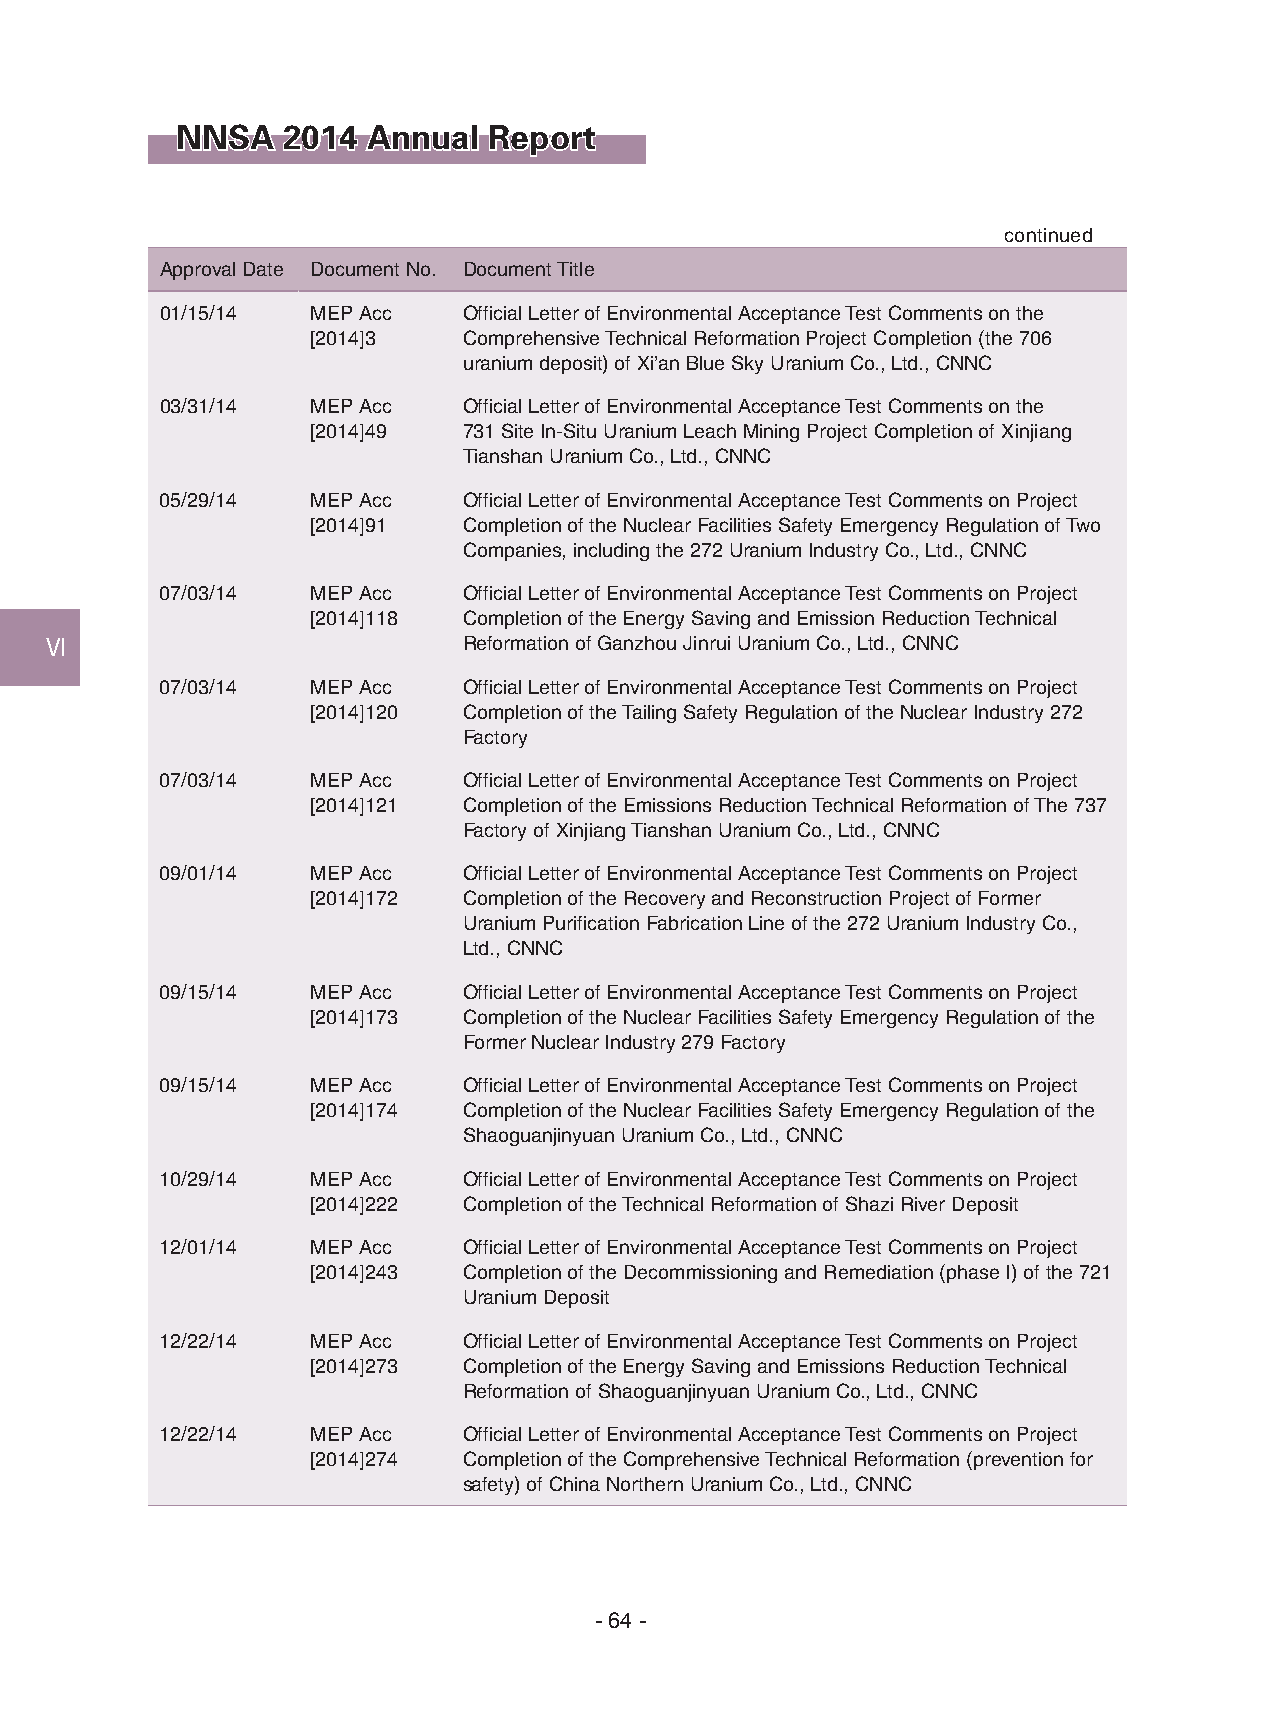
NNSA   2014 Annual  Report
 continued
 Approval Date Document No. Document Title
 01/15/14  MEP Acc   Official Letter of Environmental Acceptance Test Comments on the
 [2014]3   Comprehensive Technical Reformation Project Completion (the 706
 uranium deposit) of Xi’an Blue Sky Uranium Co., Ltd., CNNC
 03/31/14  MEP Acc   Official Letter of Environmental Acceptance Test Comments on the
 [2014]49  731 Site In-Situ Uranium Leach Mining Project Completion of Xinjiang
 Tianshan Uranium Co., Ltd., CNNC
 05/29/14  MEP Acc   Official Letter of Environmental Acceptance Test Comments on Project
 [2014]91  Completion of the Nuclear Facilities Safety Emergency Regulation of Two
 Companies, including the 272 Uranium Industry Co., Ltd., CNNC
 07/03/14  MEP Acc   Official Letter of Environmental Acceptance Test Comments on Project
 [2014]118 Completion of the Energy Saving and Emission Reduction Technical
 Ⅵ                           Reformation of Ganzhou Jinrui Uranium Co., Ltd., CNNC
 07/03/14  MEP Acc   Official Letter of Environmental Acceptance Test Comments on Project
 [2014]120 Completion of the Tailing Safety Regulation of the Nuclear Industry 272
 Factory
 07/03/14  MEP Acc   Official Letter of Environmental Acceptance Test Comments on Project
 [2014]121 Completion of the Emissions Reduction Technical Reformation of The 737
 Factory of Xinjiang Tianshan Uranium Co., Ltd., CNNC
 09/01/14  MEP Acc   Official Letter of Environmental Acceptance Test Comments on Project
 [2014]172 Completion of the Recovery and Reconstruction Project of Former
 Uranium Purification Fabrication Line of the 272 Uranium Industry Co.,
 Ltd., CNNC
 09/15/14  MEP Acc   Official Letter of Environmental Acceptance Test Comments on Project
 [2014]173 Completion of the Nuclear Facilities Safety Emergency Regulation of the
 Former Nuclear Industry 279 Factory
 09/15/14  MEP Acc   Official Letter of Environmental Acceptance Test Comments on Project
 [2014]174 Completion of the Nuclear Facilities Safety Emergency Regulation of the
 Shaoguanjinyuan Uranium Co., Ltd., CNNC
 10/29/14  MEP Acc   Official Letter of Environmental Acceptance Test Comments on Project
 [2014]222 Completion of the Technical Reformation of Shazi River Deposit
 12/01/14  MEP Acc   Official Letter of Environmental Acceptance Test Comments on Project
 [2014]243 Completion of the Decommissioning and Remediation (phase I) of the 721
 Uranium Deposit
 12/22/14  MEP Acc   Official Letter of Environmental Acceptance Test Comments on Project
 [2014]273 Completion of the Energy Saving and Emissions Reduction Technical
 Reformation of Shaoguanjinyuan Uranium Co., Ltd., CNNC
 12/22/14  MEP Acc   Official Letter of Environmental Acceptance Test Comments on Project
 [2014]274 Completion of the Comprehensive Technical Reformation (prevention for
 safety) of China Northern Uranium Co., Ltd., CNNC
 - 64 -